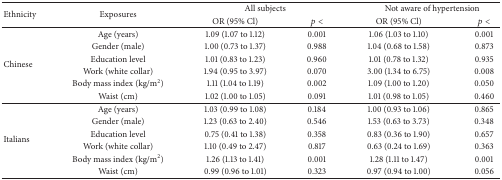
<table><thead><tr><td rowspan="2"><b>Ethnicity</b></td><td rowspan="2"><b>Exposures</b></td><td colspan="2"><b>All subjects</b></td><td colspan="2"><b>Not aware of hypertension</b></td></tr><tr><td><b>OR (95% Cl)</b></td><td><b><i>p</i> &lt;</b></td><td><b>OR (95% Cl)</b></td><td><b><i>p</i> &lt;</b></td></tr></thead><tbody><tr><td rowspan="6">Chinese</td><td>Age (years)</td><td>1.09 (1.07 to 1.12)</td><td>0.001</td><td>1.06 (1.03 to 1.10)</td><td>0.001</td></tr><tr><td>Gender (male)</td><td>1.00 (0.73 to 1.37)</td><td>0.988</td><td>1.04 (0.68 to 1.58)</td><td>0.873</td></tr><tr><td>Education level</td><td>1.01 (0.83 to 1.23)</td><td>0.960</td><td>1.01 (0.78 to 1.32)</td><td>0.935</td></tr><tr><td>Work (white collar)</td><td>1.94 (0.95 to 3.97)</td><td>0.070</td><td>3.00 (1.34 to 6.75)</td><td>0.008</td></tr><tr><td>Body mass index (kg/m<sup>2</sup>)</td><td>1.11 (1.04 to 1.19)</td><td>0.002</td><td>1.09 (1.00 to 1.20)</td><td>0.050</td></tr><tr><td>Waist (cm)</td><td>1.02 (1.00 to 1.05)</td><td>0.091</td><td>1.01 (0.98 to 1.05)</td><td>0.460</td></tr><tr><td rowspan="6">Italians</td><td>Age (years)</td><td>1.03 (0.99 to 1.08)</td><td>0.184</td><td>1.00 (0.93 to 1.06)</td><td>0.865</td></tr><tr><td>Gender (male)</td><td>1.23 (0.63 to 2.40)</td><td>0.546</td><td>1.53 (0.63 to 3.73)</td><td>0.348</td></tr><tr><td>Education level</td><td>0.75 (0.41 to 1.38)</td><td>0.358</td><td>0.83 (0.36 to 1.90)</td><td>0.657</td></tr><tr><td>Work (white collar)</td><td>1.10 (0.49 to 2.47)</td><td>0.817</td><td>0.63 (0.24 to 1.69)</td><td>0.363</td></tr><tr><td>Body mass index (kg/m<sup>2</sup>)</td><td>1.26 (1.13 to 1.41)</td><td>0.001</td><td>1.28 (1.11 to 1.47)</td><td>0.001</td></tr><tr><td>Waist (cm)</td><td>0.99 (0.96 to 1.01)</td><td>0.323</td><td>0.97 (0.94 to 1.00)</td><td>0.056</td></tr></tbody></table>